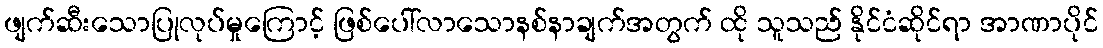
ဖျက်ဆီးသောပြုလုပ်မှုကြောင့် ဖြစ်ပေါ်လာသောနစ်နာချက်အတွက် ထို သူသည် နိုင်ငံဆိုင်ရာ အာဏာပိုင်